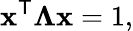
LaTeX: \mathbf{x}^{\mathsf{T}}{\boldsymbol{\Lambda}}\mathbf{x}=1,